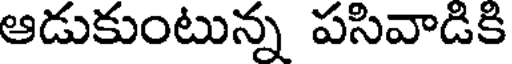
ఆడుకుంటున్న పసివాడికి